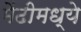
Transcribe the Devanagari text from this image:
मेंढीमध्ये